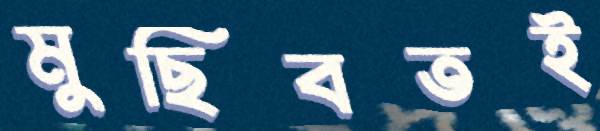
মুছিবতই